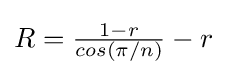
\textstyle {R={\frac {1-r}{cos(\pi /n)}}-r}